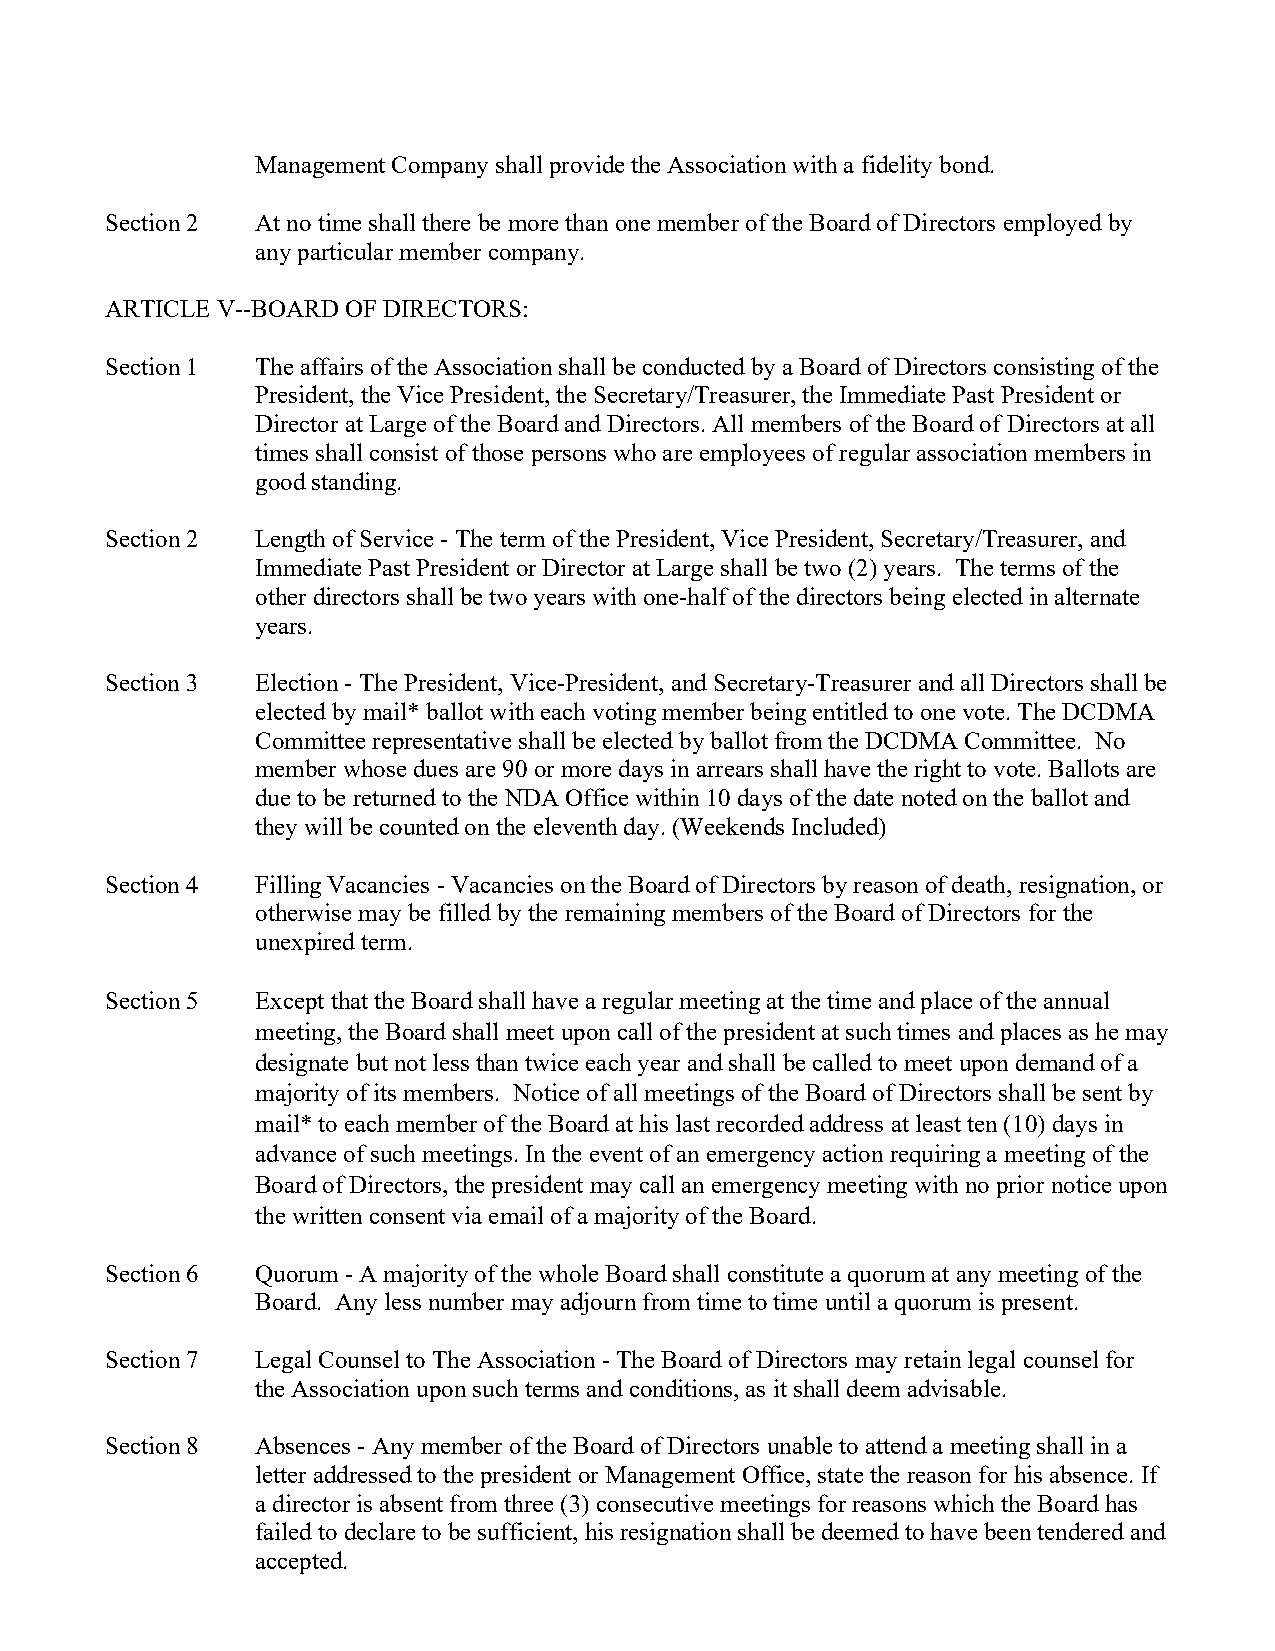
Management Company shall provide the Association with a fidelity bond.
 Section 2 At no time shall there be more than one member of the Board of Directors employed by
 any particular member company.
 ARTICLE V--BOARD OF DIRECTORS:
 Section 1 The affairs of the Association shall be conducted by a Board of Directors consisting of the
 President, the Vice President, the Secretary/Treasurer, the Immediate Past President or
 Director at Large of the Board and Directors. All members of the Board of Directors at all
 times shall consist of those persons who are employees of regular association members in
 good standing.
 Section 2 Length of Service - The term of the President, Vice President, Secretary/Treasurer, and
 Immediate Past President or Director at Large shall be two (2) years. The terms of the
 other directors shall be two years with one-half of the directors being elected in alternate
 years.
 Section 3 Election - The President, Vice-President, and Secretary-Treasurer and all Directors shall be
 elected by mail* ballot with each voting member being entitled to one vote. The DCDMA
 Committee representative shall be elected by ballot from the DCDMA Committee. No
 member whose dues are 90 or more days in arrears shall have the right to vote. Ballots are
 due to be returned to the NDA Office within 10 days of the date noted on the ballot and
 they will be counted on the eleventh day. (Weekends Included)
 Section 4 Filling Vacancies - Vacancies on the Board of Directors by reason of death, resignation, or
 otherwise may be filled by the remaining members of the Board of Directors for the
 unexpired term.
 Section 5 Except that the Board shall have a regular meeting at the time and place of the annual
 meeting, the Board shall meet upon call of the president at such times and places as he may
 designate but not less than twice each year and shall be called to meet upon demand of a
 majority of its members. Notice of all meetings of the Board of Directors shall be sent by
 mail* to each member of the Board at his last recorded address at least ten (10) days in
 advance of such meetings. In the event of an emergency action requiring a meeting of the
 Board of Directors, the president may call an emergency meeting with no prior notice upon
 the written consent via email of a majority of the Board.
 Section 6 Quorum - A majority of the whole Board shall constitute a quorum at any meeting of the
 Board. Any less number may adjourn from time to time until a quorum is present.
 Section 7 Legal Counsel to The Association - The Board of Directors may retain legal counsel for
 the Association upon such terms and conditions, as it shall deem advisable.
 Section 8 Absences - Any member of the Board of Directors unable to attend a meeting shall in a
 letter addressed to the president or Management Office, state the reason for his absence. If
 a director is absent from three (3) consecutive meetings for reasons which the Board has
 failed to declare to be sufficient, his resignation shall be deemed to have been tendered and
 accepted.